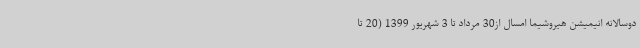
دوسالانه انیمیشن هیروشیما امسال از30 مرداد تا 3 شهریور 1399 (20 تا